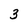
Character: 3